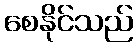
စေနိုင်သည်